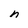
Character: n